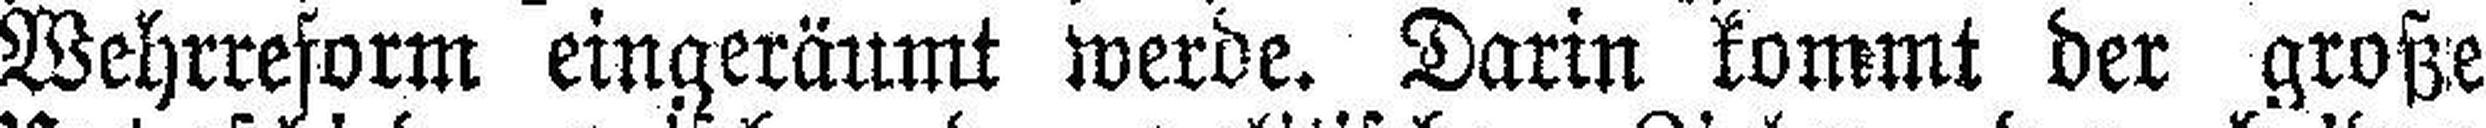
Wehrreform eingeräumt werde. Darin kommt der große